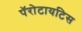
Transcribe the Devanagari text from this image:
पॅरोटायटिस